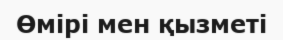
Өмірі мен қызметі